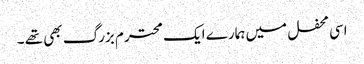
اسی محفل میں ہمارے ایک محترم بزرگ بھی تھے ۔